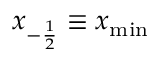
x _ { - \frac { 1 } { 2 } } \equiv x _ { \mathrm { m i n } }